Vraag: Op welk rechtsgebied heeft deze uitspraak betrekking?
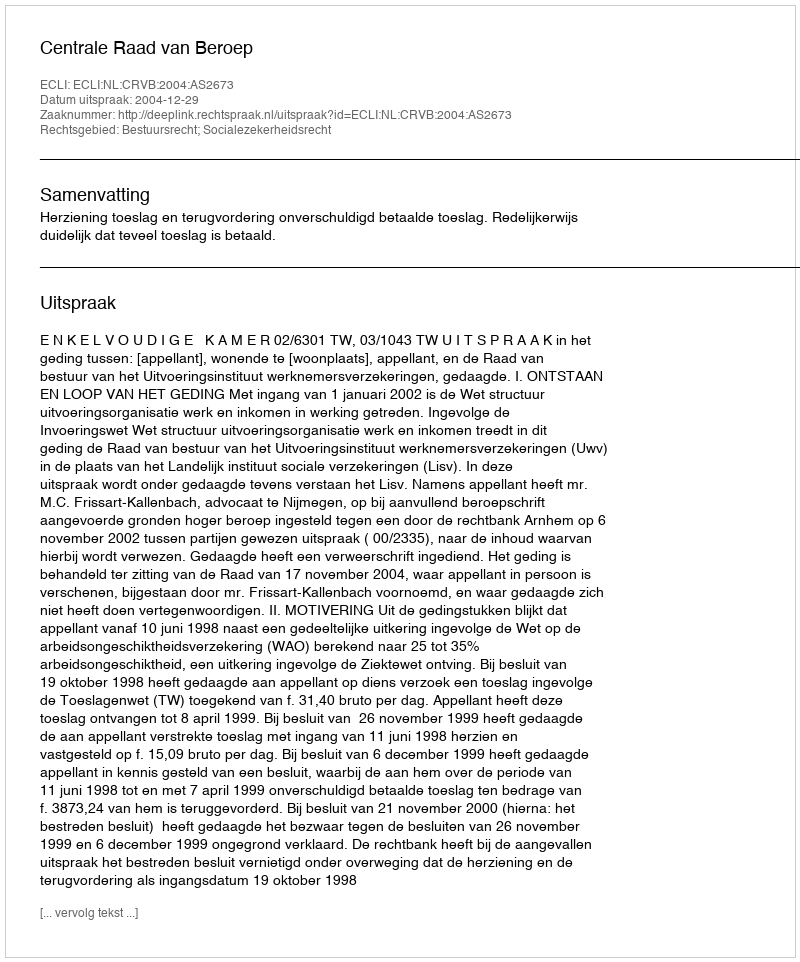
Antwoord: Bestuursrecht; Socialezekerheidsrecht